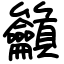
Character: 籲